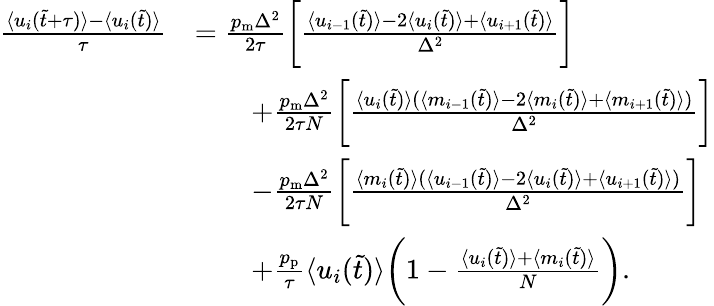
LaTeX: \begin{array}{rl}{\frac{\langle u_{i}(\tilde{t}+\tau)\rangle-\langle u_{i}(\tilde{t})\rangle}{\tau}}&{=\frac{p_{\mathrm{m}}\Delta^{2}}{2\tau}\bigg[\frac{\langle u_{i-1}(\tilde{t})\rangle-2\langle u_{i}(\tilde{t})\rangle+\langle u_{i+1}(\tilde{t})\rangle}{\Delta^{2}}\bigg]}\\ &{\qquad+\frac{p_{\mathrm{m}}\Delta^{2}}{2\tau N}\bigg[\frac{\langle u_{i}(\tilde{t})\rangle(\langle m_{i-1}(\tilde{t})\rangle-2\langle m_{i}(\tilde{t})\rangle+\langle m_{i+1}(\tilde{t})\rangle)}{\Delta^{2}}\bigg]}\\ &{\qquad-\frac{p_{\mathrm{m}}\Delta^{2}}{2\tau N}\bigg[\frac{\langle m_{i}(\tilde{t})\rangle(\langle u_{i-1}(\tilde{t})\rangle-2\langle u_{i}(\tilde{t})\rangle+\langle u_{i+1}(\tilde{t})\rangle)}{\Delta^{2}}\bigg]}\\ &{\qquad+\frac{p_{\mathrm{p}}}{\tau}\langle u_{i}(\tilde{t})\rangle\bigg(1-\frac{\langle u_{i}(\tilde{t})\rangle+\langle m_{i}(\tilde{t})\rangle}{N}\bigg).}\end{array}